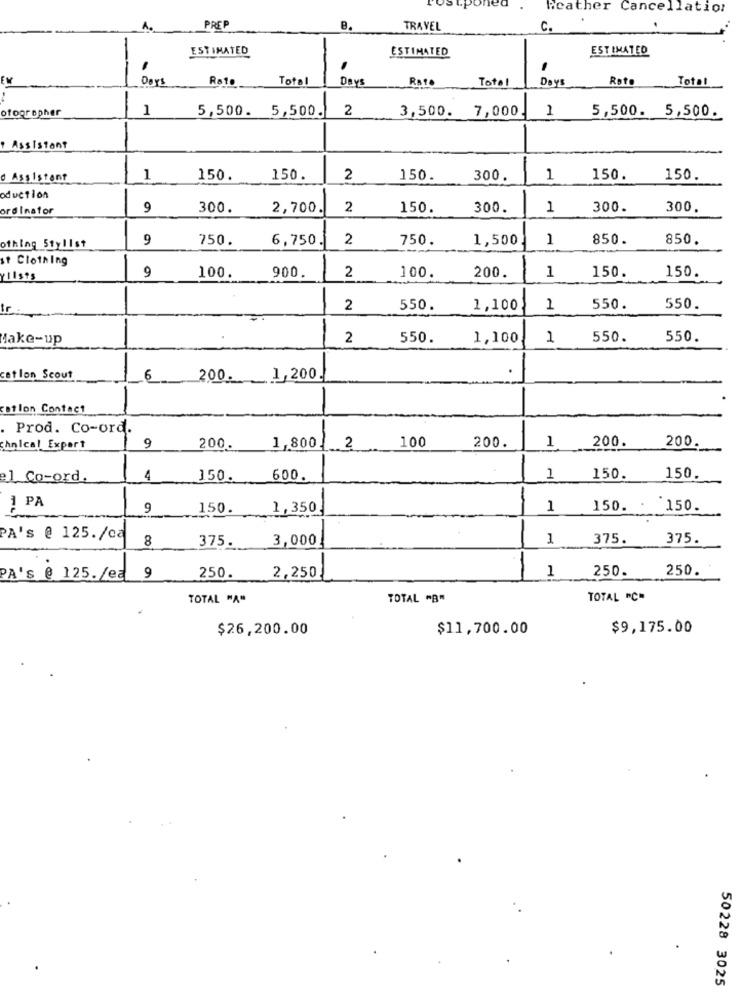
feather Cancellation
PREP
8.
TRAVEL
c.
ESTIMATED
ESTIMATED
ESTIMATED
EM
Days
Rate
Total
Days
Total
Days
Rato
Total
ofographer
1
5,500. 5,500.
2
3,500. 7,000.
1
5,500. 5,500.
-
Assistant
d Assistant
1
150.
150.
2
150.
300.
1
150.
150.
oduction
ordinator
9
300.
2,700.
2
150.
300.
1
300.
300.
9
750.
6,750.
2
750.
1,500
1
850.
850.
othing Stylist
st Clothing
9
ylists
100.
900.
2
100.
200.
1
150.
150.
fr
2
550.
1,100
1
550.
550.
Make-up
2
550
1,100
1
550.
550.
.
cation Scout
200.
1,200.
--
catlon Contact
Prod. Co-ord.
1-
100
200.
200.
200
Chnica! Expert
9
200.
1,800
1
el Co-ord.
4
150.
600.
150.
150.
1 PA
-
9
150.
1,350
1
150.
*150.
PA's @ 125./ca
8
3,000
1
375.
375.
375.
1
250.
250.
PA's @ 125./ea 9
250.
2,250
1
TOTAL "A"
TOTAL "B"
TOTAL "C"
$26,200.00
$11,700.00
$9,175.00
50228 3025